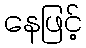
နေဖြင့်